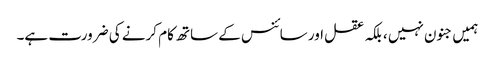
ہمیں جنون نہیں ، بلکہ عقل اور سائنس کے ساتھ کام کرنے کی ضرورت ہے۔